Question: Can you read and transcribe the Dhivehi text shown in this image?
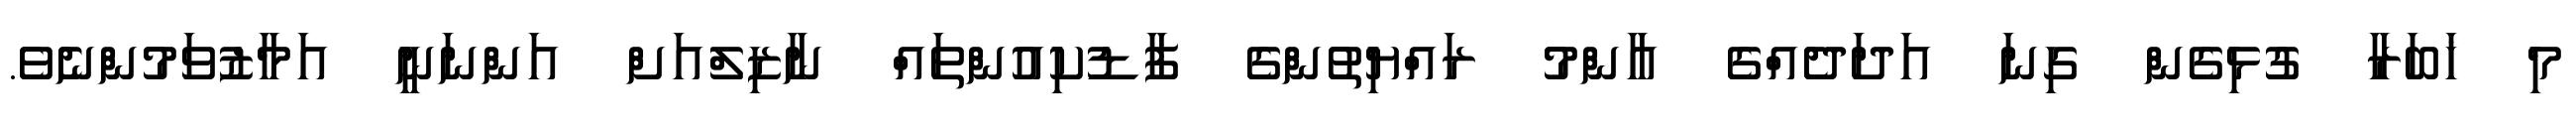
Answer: މި ޚަބަރާ ގުޅިގެން ގިނަ އަދަދެއްގެ އާންމު ރައްޔިތުންގެ ފާޑުކިއުންތައް ނާޒިލްއަށް އަންނަނީ އަމާޒުވަމުންނެވެ.